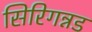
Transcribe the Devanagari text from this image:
सिरिगन्नड